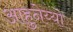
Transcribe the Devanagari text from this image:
आहुनेय्यो